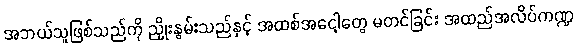
အဘယ်သူဖြစ်သည်ကို ညှိုးနွမ်းသည်နှင့် အထစ်အငေါ့တွေ မတင်ခြင်း အထည်အလိပ်ကဏ္ဍ